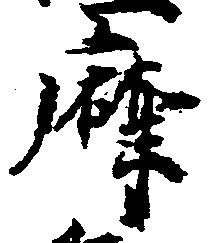
摩